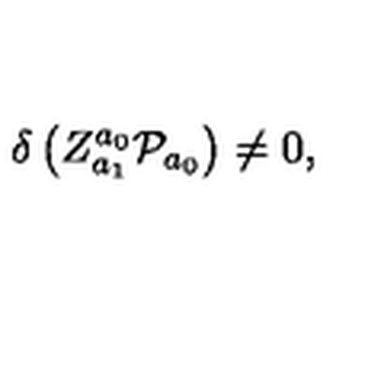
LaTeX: \delta \left( Z _ { a _ { 1 } } ^ { a _ { 0 } } { \cal P } _ { a _ { 0 } } \right) \neq 0 ,